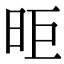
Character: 昛